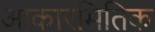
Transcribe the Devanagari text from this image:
आकारमितिक